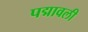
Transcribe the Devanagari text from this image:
पद्मावली